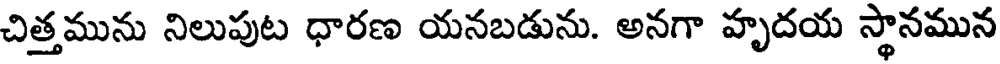
చిత్తమును నిలుపుట ధారణ యనబడును. అనగా హృదయ స్థానమున